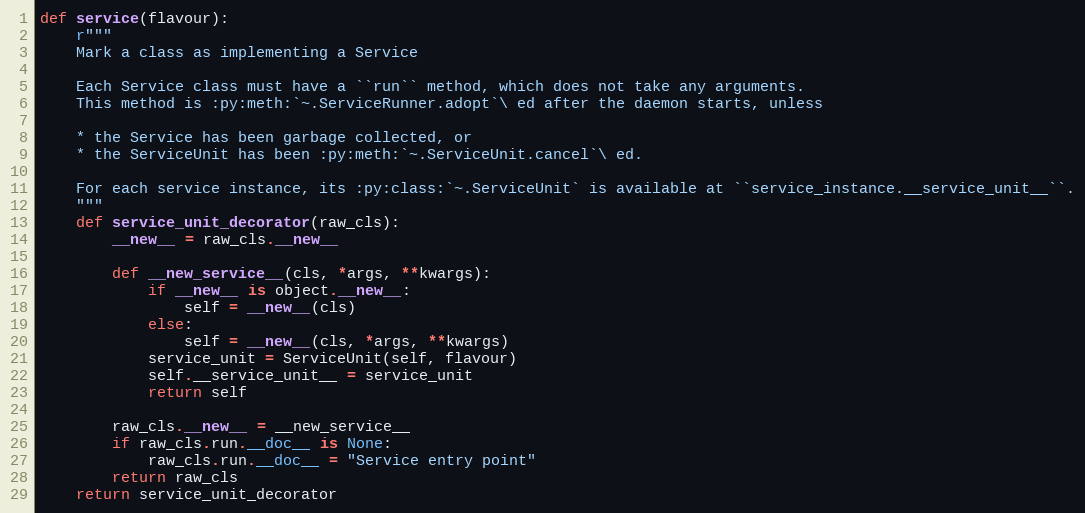
Language: Python
def service(flavour):
    r"""
    Mark a class as implementing a Service

    Each Service class must have a ``run`` method, which does not take any arguments.
    This method is :py:meth:`~.ServiceRunner.adopt`\ ed after the daemon starts, unless

    * the Service has been garbage collected, or
    * the ServiceUnit has been :py:meth:`~.ServiceUnit.cancel`\ ed.

    For each service instance, its :py:class:`~.ServiceUnit` is available at ``service_instance.__service_unit__``.
    """
    def service_unit_decorator(raw_cls):
        __new__ = raw_cls.__new__

        def __new_service__(cls, *args, **kwargs):
            if __new__ is object.__new__:
                self = __new__(cls)
            else:
                self = __new__(cls, *args, **kwargs)
            service_unit = ServiceUnit(self, flavour)
            self.__service_unit__ = service_unit
            return self

        raw_cls.__new__ = __new_service__
        if raw_cls.run.__doc__ is None:
            raw_cls.run.__doc__ = "Service entry point"
        return raw_cls
    return service_unit_decorator